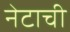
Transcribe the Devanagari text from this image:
नेटाची